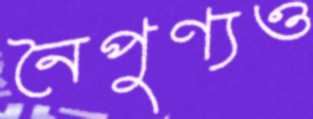
নৈপুণ্যও